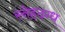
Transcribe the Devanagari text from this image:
स्नेहदग्ध